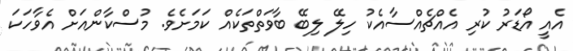
އެއީ އޯޑަރު ކުރި އެއްޗެއްސާއެކު ހިލޭ ލިބޭ ބާވަތްތަކެއް ކަމަށެވެ. މުސްކާންއަށް އެވާހަކަ